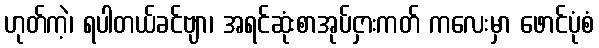
ဟုတ်ကဲ့၊ ရပါတယ်ခင်ဗျာ၊ အရင်ဆုံးစာအုပ်ငှားကတ် ကလေးမှာ ဖောင်ပုံစံ